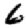
Digit: 6